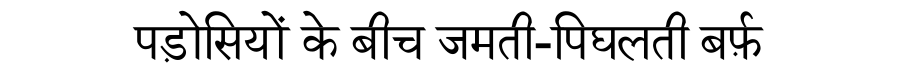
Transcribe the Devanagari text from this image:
पड़ोसियों के बीच जमती-पिघलती बर्फ़